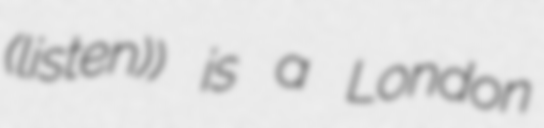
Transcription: (listen)) is a London